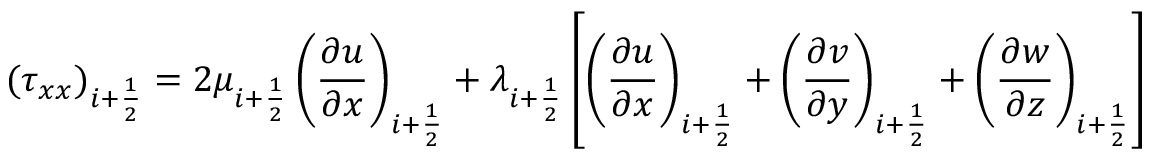
( \tau _ { x x } ) _ { i + \frac { 1 } { 2 } } = 2 \mu _ { i + \frac { 1 } { 2 } } \left( \frac { \partial u } { \partial x } \right) _ { i + \frac { 1 } { 2 } } + \lambda _ { i + \frac { 1 } { 2 } } \left[ \left( \frac { \partial u } { \partial x } \right) _ { i + \frac { 1 } { 2 } } + \left( \frac { \partial v } { \partial y } \right) _ { i + \frac { 1 } { 2 } } + \left( \frac { \partial w } { \partial z } \right) _ { i + \frac { 1 } { 2 } } \right]